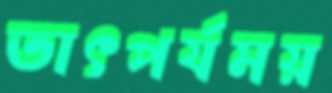
তাৎপর্যময়